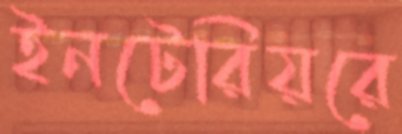
ইনটেরিয়রে